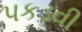
પકડવી